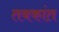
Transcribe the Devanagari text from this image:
तबकांत